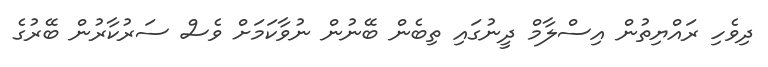
ދިވެހި ރައްޔިތުން އިސްލާމް ދީނުގައި ތިބެން ބޭނުން ނުވާކަމަށް ވެސް ސަރުކާރުން ބޭރުގެ